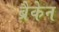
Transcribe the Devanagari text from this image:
ब्रैकेन